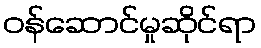
ဝန်ဆောင်မှုဆိုင်ရာ